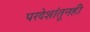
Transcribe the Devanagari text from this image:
परदेशांतूनही